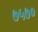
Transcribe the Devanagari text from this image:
७५७०